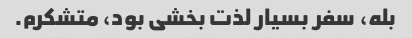
بله، سفر بسیار لذت بخشی بود، متشکرم.